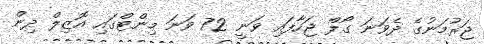
ޖަރުމަނުގެ ދެވަނަ ގޯލް ޖަހާފައި ވަނީ 72 ވަނަ މިންޓްގައި އޮޒިލް ދިން